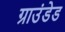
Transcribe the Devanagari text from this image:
ग्राउंडेड